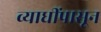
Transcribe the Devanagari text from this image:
व्याधींपासून